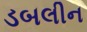
ડબલીન